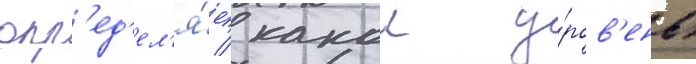
опр'ед'ел'я́ет / какои у́ров'ень